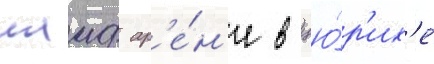
лаиф ар'е́н'е в цю́р'их'е